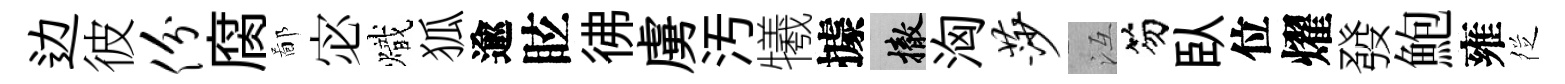
边彼份腐鄙宓熾狐逾眩彿虜汚犧據撤洶莎冱笏臥位燿發鮑雍徔